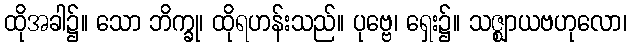
ထိုအခါ၌။ သော ဘိက္ခု၊ ထိုရဟန်းသည်။ ပုဗ္ဗေ၊ ရှေး၌။ သဇ္ဈာယဗဟုလော၊